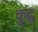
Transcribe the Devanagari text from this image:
कुद्रु